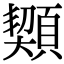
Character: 䫔